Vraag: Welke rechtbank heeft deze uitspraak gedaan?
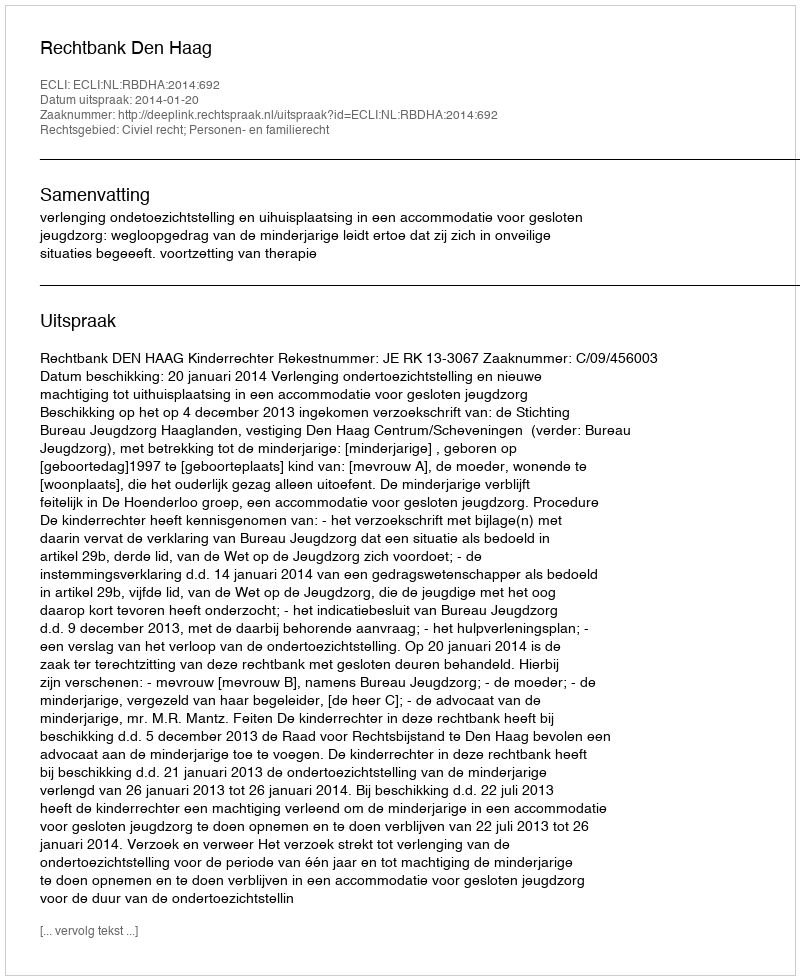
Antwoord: Rechtbank Den Haag